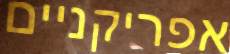
אפריקניים